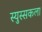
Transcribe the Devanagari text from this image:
स्युस्सकला